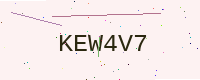
Text: KEW4V7